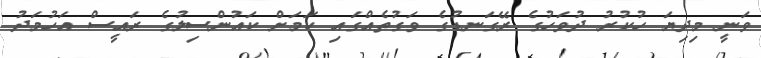
ވަނީ މިދިޔަ ހުކުރު ދުވަހުގެ ރޭގަނޑުގެ ވަގުތެއްގައި ކަމަށް ކައުންސިލުގެ ރައީސް އަހުމަދު